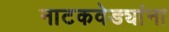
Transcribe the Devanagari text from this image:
नाटकवेड्यांना